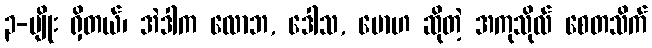
၃-မျိုး ရှိတယ်၊ အဲဒါက လောဘ, ဒေါသ, မောဟ ဆိုတဲ့ အကုသိုလ် စေတသိက်